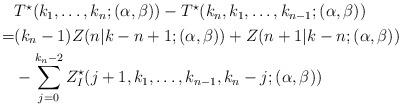
LaTeX: \begin{align*}\begin{aligned}&T^{\star}(k_1,\ldots,k_n;(\alpha,\beta))-T^{\star}(k_n,k_1,\ldots,k_{n-1};(\alpha,\beta))\\=&(k_n-1)Z(n|k-n+1;(\alpha,\beta))+Z(n+1|k-n;(\alpha,\beta))\\&-\sum_{j=0}^{k_n-2}Z^{\star}_{I}(j+1,k_1,\ldots,k_{n-1},k_n-j;(\alpha,\beta))\end{aligned}\end{align*}